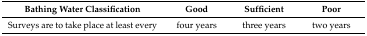
| Bathing Water Classification | Good | Sufficient | Poor |
 | --- | --- | --- | --- |
 | Surveys are to take place at least every | four years | three years | two years |